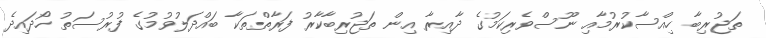
ތަޖުރިބާ ހިއްސާކުރުމާއި ނޫސްވެރިކަމުގެ ދާއިރާ އިން ތަޖުރިބާކާރު ފަރާތްތަކާ ބައްދަލުވުމުގެ ފުރުސަތު ހޯދައިދެ